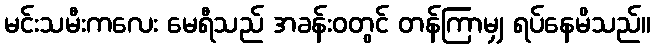
မင်းသမီးကလေး မေရီသည် အခန်းဝတွင် တန်ကြာမျှ ရပ်နေမိသည်။